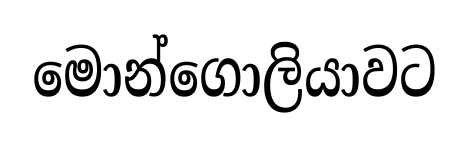
මොන්ගොලියාවට